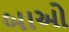
બાઓ